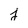
Character: j